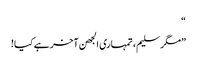
“
”مگر سلیم، تمہاری الجھن آخر ہے کیا!